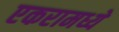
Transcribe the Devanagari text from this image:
एकरामध्ये